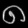
Digit: ၈